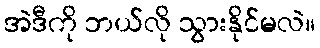
အဲဒီကို ဘယ်လို သွားနိုင်မလဲ။